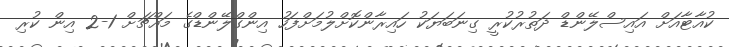
ކުއާޓާއަށް އައިސްލޭންޑް ދަތުރުކުރީ ގިނަބަޔަކު ހައިރާންކޮށްލުމަށްފަހު އިންގްލޭންޑްގެ މައްޗަށް 1-2 އިން ކުރި